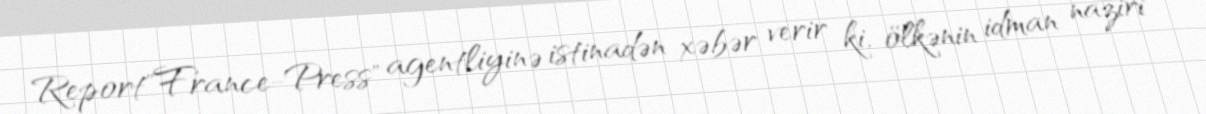
Report"France-Press" agentliyinə istinadən xəbər verir ki, ölkənin idman naziri